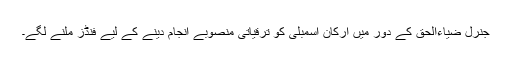
جنرل ضیاءالحق کے دور میں ارکان اسمبلی کو ترقیاتی منصوبے انجام دینے کے لیے فنڈز ملنے لگے۔